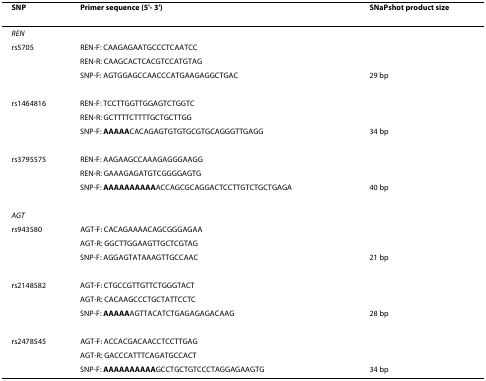
<table><thead><tr><td><b>SNP</b></td><td><b>Primer sequence (5&#x27;- 3&#x27;)</b></td><td><b>SNaPshot product size</b></td></tr></thead><tbody><tr><td><i>REN</i></td><td></td><td></td></tr><tr><td>rs5705</td><td>REN-F: CAAGAGAATGCCCTCAATCC</td><td></td></tr><tr><td></td><td>REN-R: CAAGCACTCACGTCCATGTAG</td><td></td></tr><tr><td></td><td>SNP-F: AGTGGAGCCAACCCATGAAGAGGCTGAC</td><td>29 bp</td></tr><tr><td>rs1464816</td><td>REN-F: TCCTTGGTTGGAGTCTGGTC</td><td></td></tr><tr><td></td><td>REN-R: GCTTTTCTTTTGCTGCTTGG</td><td></td></tr><tr><td></td><td>SNP-F: <b>AAAAA</b>CACAGAGTGTGTGCGTGCAGGGTTGAGG</td><td>34 bp</td></tr><tr><td>rs3795575</td><td>REN-F: AAGAAGCCAAAGAGGGAAGG</td><td></td></tr><tr><td></td><td>REN-R: GAAAGAGATGTCGGGGAGTG</td><td></td></tr><tr><td></td><td>SNP-F: <b>AAAAAAAAAA</b>ACCAGCGCAGGACTCCTTGTCTGCTGAGA</td><td>40 bp</td></tr><tr><td><i>AGT</i></td><td></td><td></td></tr><tr><td>rs943580</td><td>AGT-F: CACAGAAAACAGCGGGAGAA</td><td></td></tr><tr><td></td><td>AGT-R: GGCTTGGAAGTTGCTCGTAG</td><td></td></tr><tr><td></td><td>SNP-F: AGGAGTATAAAGTTGCCAAC</td><td>21 bp</td></tr><tr><td>rs2148582</td><td>AGT-F: CTGCCGTTGTTCTGGGTACT</td><td></td></tr><tr><td></td><td>AGT-R: CACAAGCCCTGCTATTCCTC</td><td></td></tr><tr><td></td><td>SNP-F: <b>AAAAA</b>AGTTACATCTGAGAGAGACAAG</td><td>28 bp</td></tr><tr><td>rs2478545</td><td>AGT-F: ACCACGACAACCTCCTTGAG</td><td></td></tr><tr><td></td><td>AGT-R: GACCCATTTCAGATGCCACT</td><td></td></tr><tr><td></td><td>SNP-F: <b>AAAAAAAAAA</b>GCCTGCTGTCCCTAGGAGAAGTG</td><td>34 bp</td></tr></tbody></table>